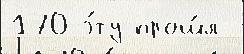
170 э́ту прош́л